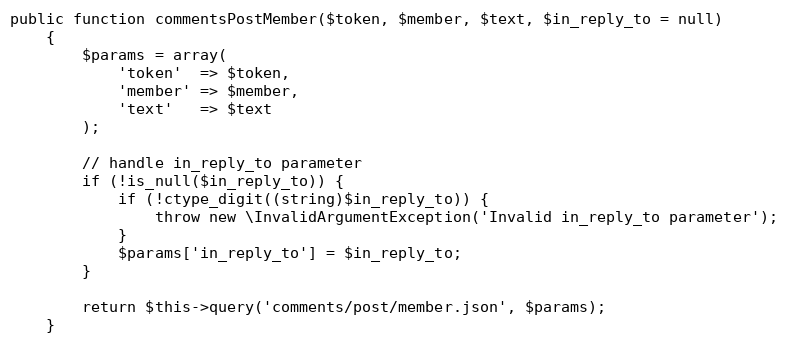
Language: PHP
public function commentsPostMember($token, $member, $text, $in_reply_to = null)
    {
        $params = array(
            'token'  => $token,
            'member' => $member,
            'text'   => $text
        );

        // handle in_reply_to parameter
        if (!is_null($in_reply_to)) {
            if (!ctype_digit((string)$in_reply_to)) {
                throw new \InvalidArgumentException('Invalid in_reply_to parameter');
            }
            $params['in_reply_to'] = $in_reply_to;
        }

        return $this->query('comments/post/member.json', $params);
    }